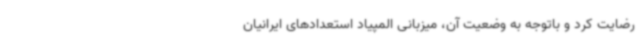
رضایت کرد و باتوجه به وضعیت آن، میزبانی المپیاد استعدادهای ایرانیان